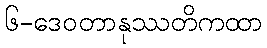
၆-ဒေဝတာနုဿတိကထာ